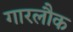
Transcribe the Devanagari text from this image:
गारलौक